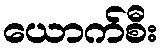
ယောက်စီး